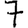
Digit: 7